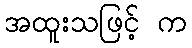
အထူးသဖြင့် က